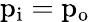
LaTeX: \mathrm{{p}_{\mathrm{{i}}}=\mathrm{{p}_{\mathrm{{o}}}}}